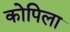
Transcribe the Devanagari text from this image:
कोपिला